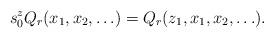
LaTeX: \begin{align*}s_0^z Q_r(x_1,x_2,\ldots)=Q_r(z_1,x_1,x_2,\ldots).\end{align*}